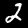
Label: 2